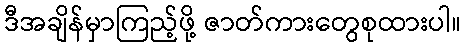
ဒီအချိန်မှာကြည့်ဖို့ ဇာတ်ကားတွေစုထားပါ။